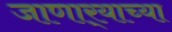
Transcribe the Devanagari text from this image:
जाणार्‍याच्या